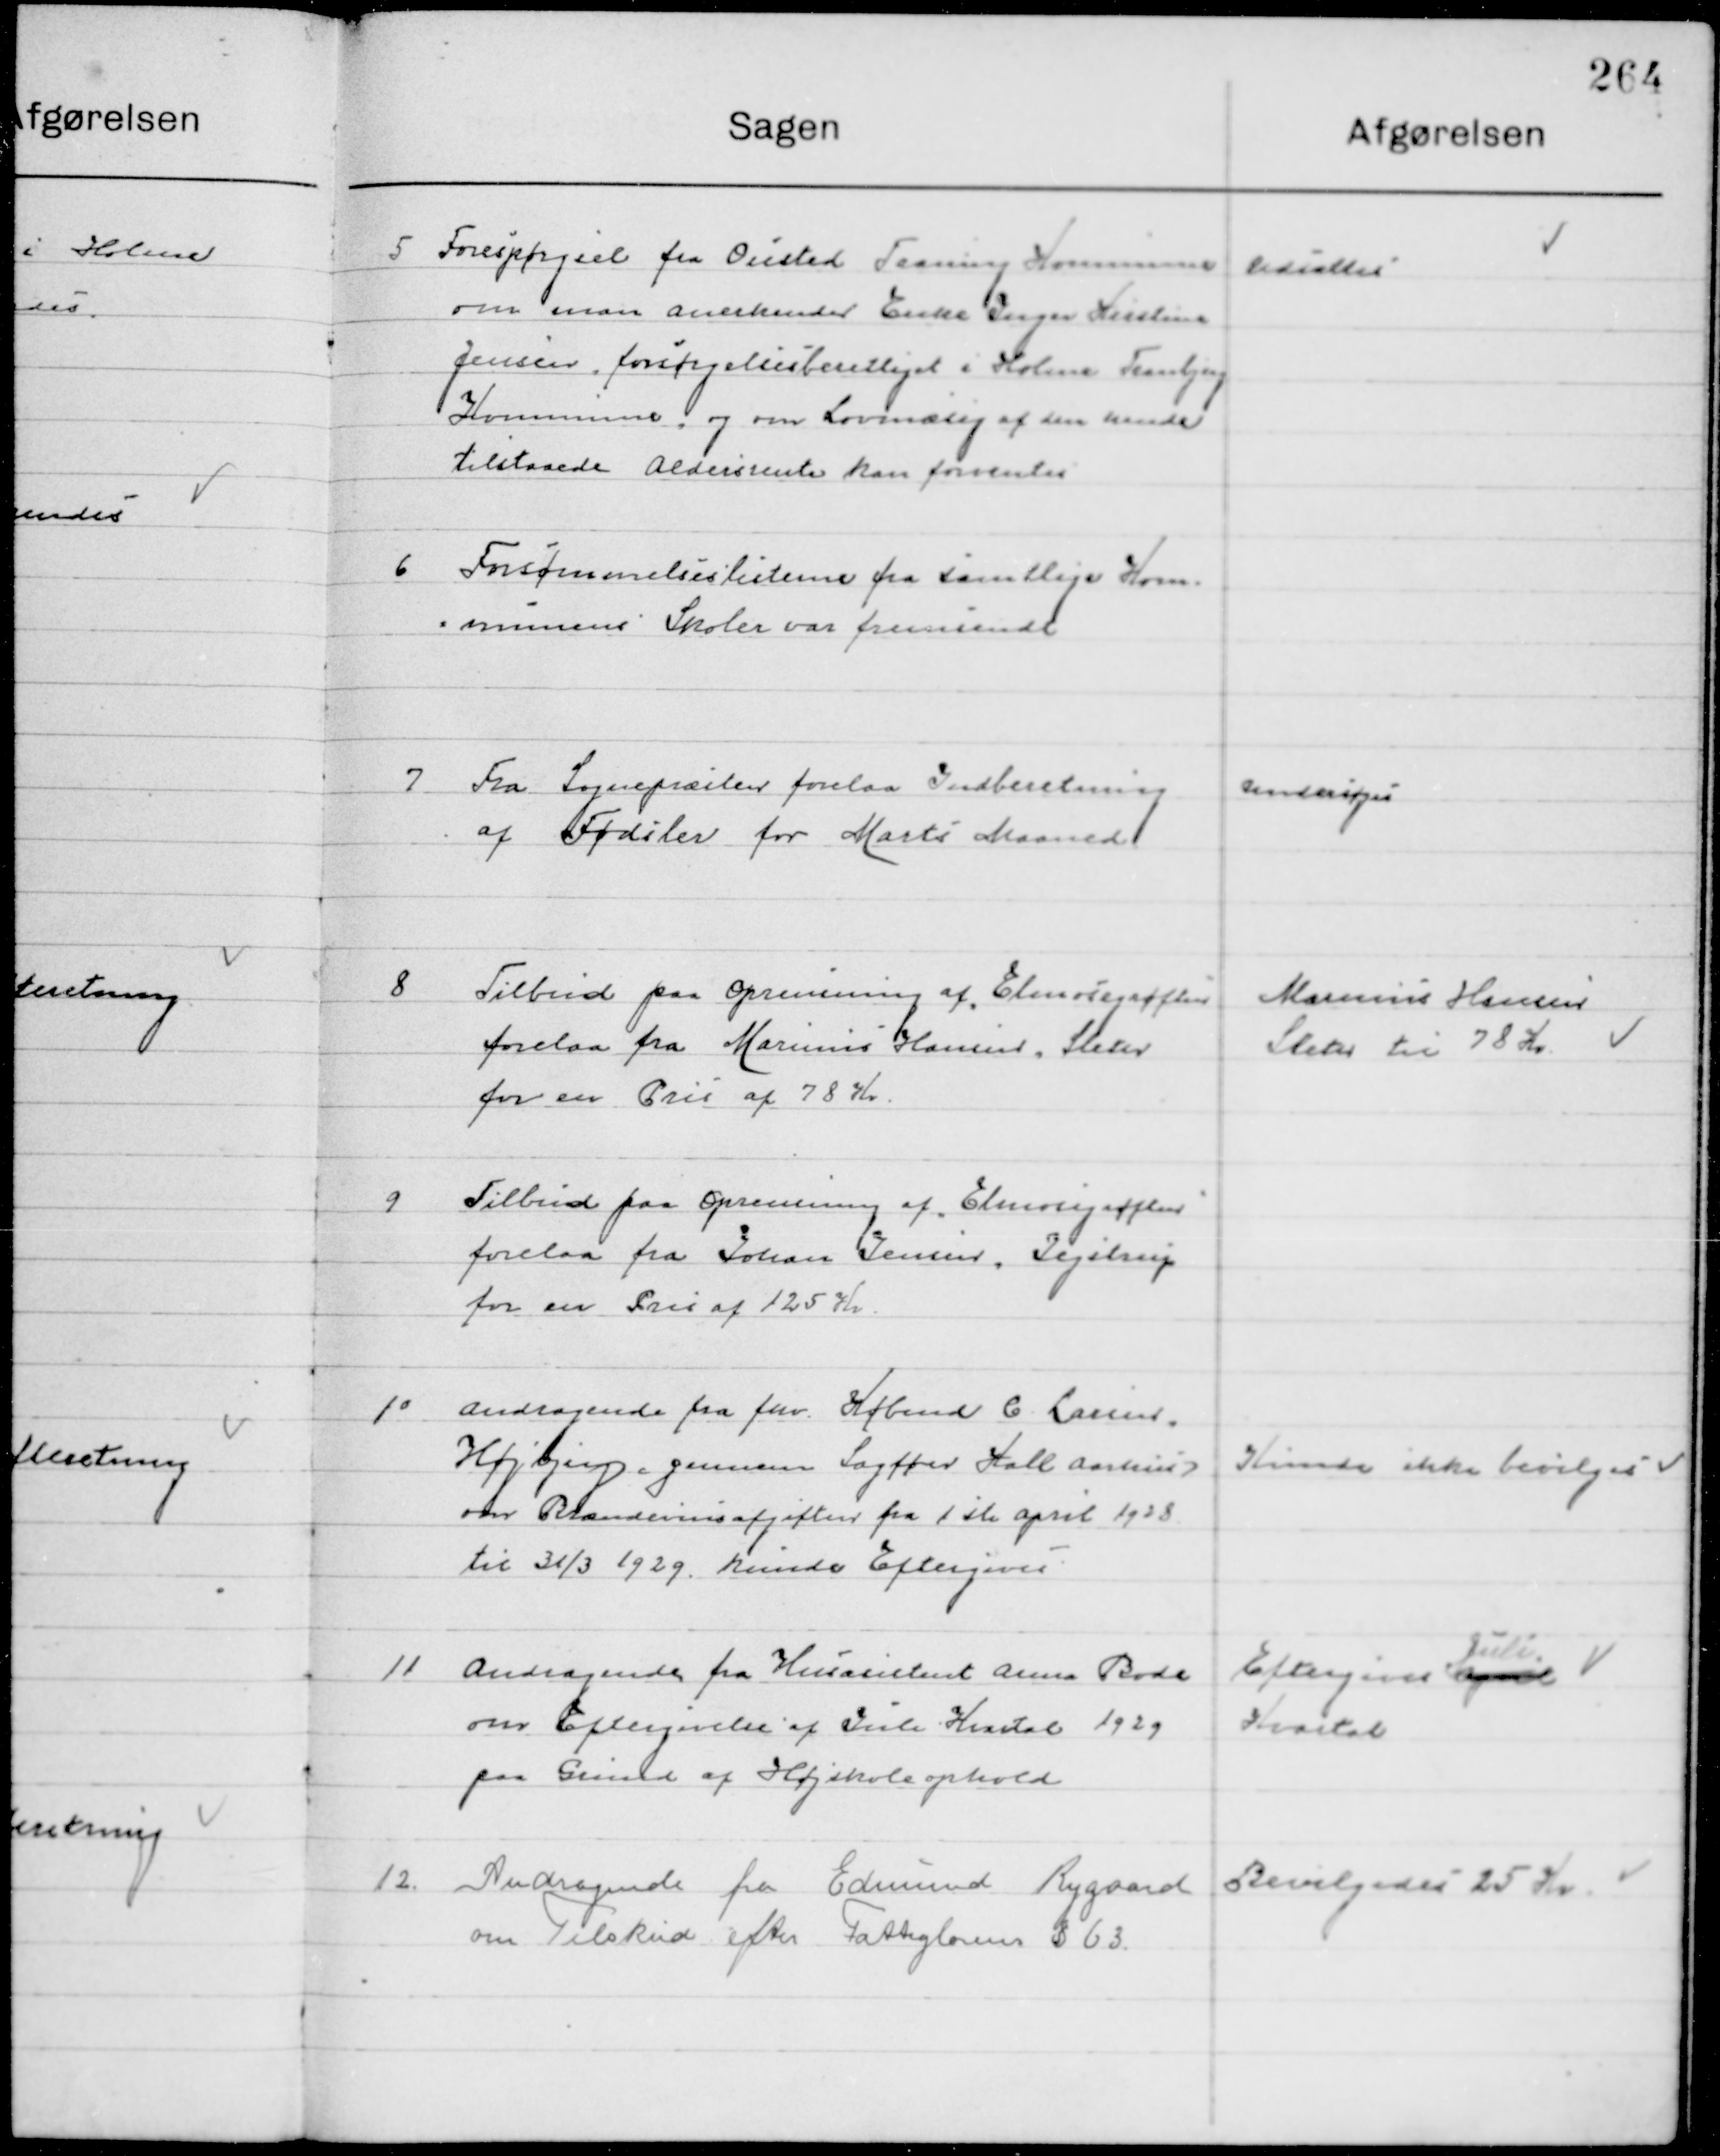
Transskription:
5

Forespørgsel fra Ovsted Taaning Kommune
om man anerkender Enke Inger Kirstine
Jensen forsørgelsesberettiget i Holme Tranbjerg
Kommune og om Lovmæssig af den hende
tilstaaede Aldersrente kan forventes.

Udsattes

6

Forsømmelseslisterne fra samtlige Kom-
muner Skoler var fremsendt

7

Fra Sognepræsten forelaa Indberetning
af Fødsler for Marts Maaned.

Undersøges

8

Tilbud paa Oprensning paa af Elmosevej grøften
forelaa fra Marius Hansen Sleter
for en Pris af 78 Kr.

Marius Hansen 
Sletter til 78 Kr.

9

Tilbud paa Oprensning af Elmosevej grøften
forelaa fra Johan Jensen Jegstrup
for en Pris af 125 Kr.

10

Andragende fra Købmand C. Larsen
Højbjerg gennem Sagfører Hall Aarhus
over Brændevinsafgiften fra 1ste April 1928
til 31/3 1929 kunde Eftergives.

Kunde ikke bevilges

11

Andragende fra Husassistent Anna Rode
om eftergivelse af juli Kvartal 1929
paa Grund af Højskoleophold

Eftergives august
Juli
Kvartal

12

Andragende fra Edmund Rygaard
om Tilskud efter Fattiglovens § 63.

Bevilgedes 25 Kr.